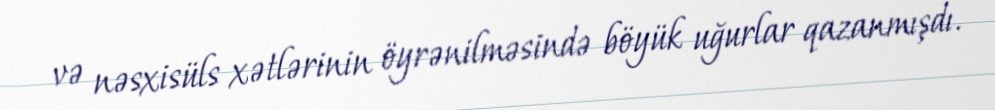
və nəsxisüls xətlərinin öyrənilməsində böyük uğurlar qazanmışdı.